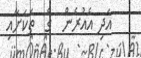
އަދި އެއުރެން  ގެ  ތަކަށާއި